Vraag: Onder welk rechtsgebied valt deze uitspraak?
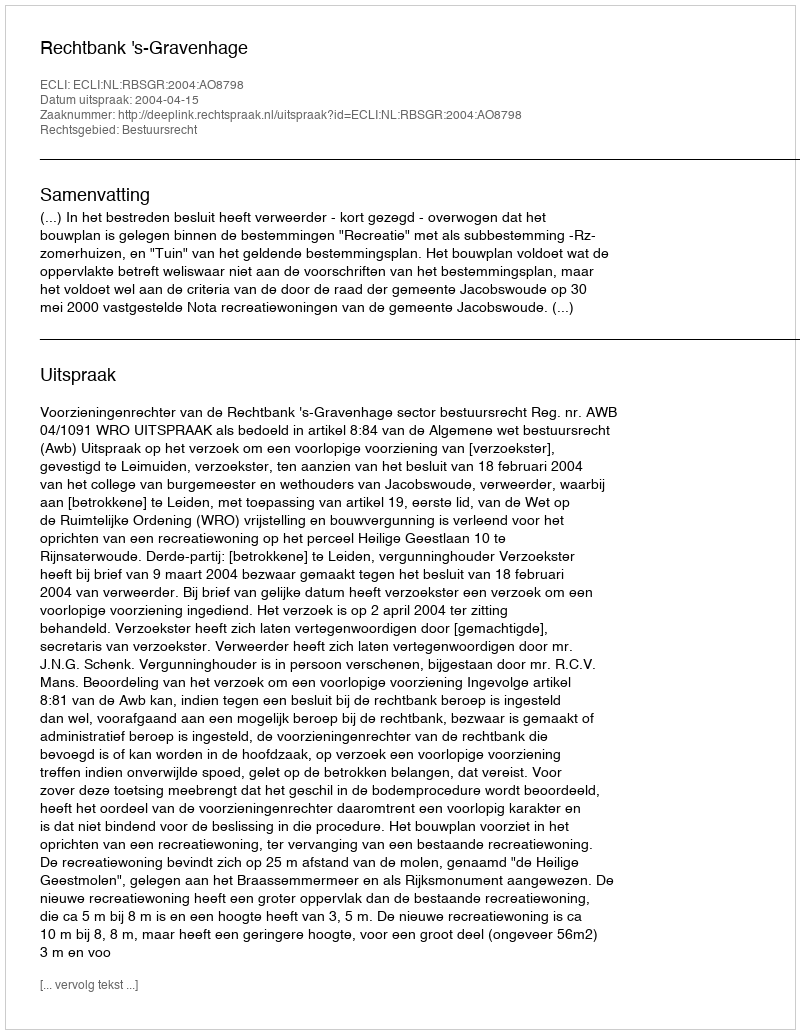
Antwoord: Bestuursrecht